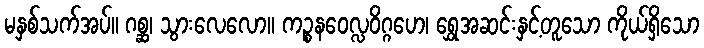
မနှစ်သက်အပ်။ ဂစ္ဆ၊ သွားလေလော။ ကဉ္စနဝေလ္လဝိဂ္ဂဟေ၊ ရွှေအဆင်းနှင့်တူသော ကိုယ်ရှိသော